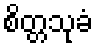
စိတ္တသုခံ